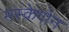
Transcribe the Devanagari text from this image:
मस्केगोन